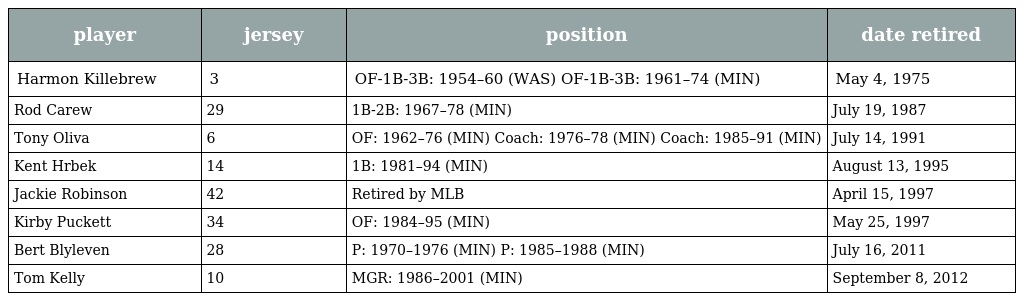
| player | jersey | position | date retired |
 | --- | --- | --- | --- |
 | Harmon Killebrew | 3 | OF-1B-3B: 1954–60 (WAS) OF-1B-3B: 1961–74 (MIN) | May 4, 1975 |
 | Rod Carew | 29 | 1B-2B: 1967–78 (MIN) | July 19, 1987 |
 | Tony Oliva | 6 | OF: 1962–76 (MIN) Coach: 1976–78 (MIN) Coach: 1985–91 (MIN) | July 14, 1991 |
 | Kent Hrbek | 14 | 1B: 1981–94 (MIN) | August 13, 1995 |
 | Jackie Robinson | 42 | Retired by MLB | April 15, 1997 |
 | Kirby Puckett | 34 | OF: 1984–95 (MIN) | May 25, 1997 |
 | Bert Blyleven | 28 | P: 1970–1976 (MIN) P: 1985–1988 (MIN) | July 16, 2011 |
 | Tom Kelly | 10 | MGR: 1986–2001 (MIN) | September 8, 2012 |